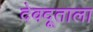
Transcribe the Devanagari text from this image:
देवदूताला